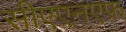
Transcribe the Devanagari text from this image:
सीएएनएफ़